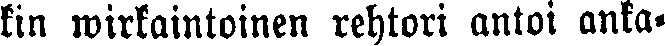
kin wirkaintoinen rehtori antoi anka-